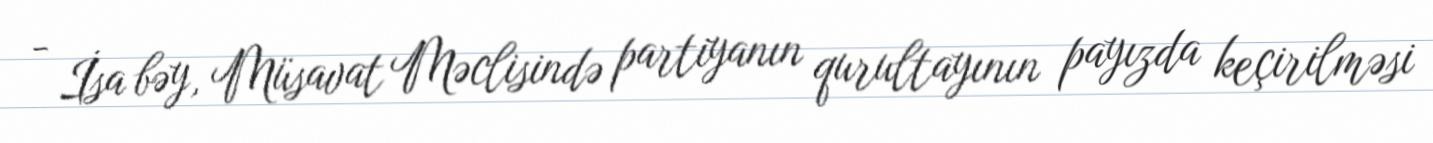
- İsa bəy, Müsavat Məclisində partiyanın qurultayının payızda keçirilməsi